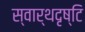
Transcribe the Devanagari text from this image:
स्वार्थदृष्टि